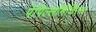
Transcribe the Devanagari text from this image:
पेपिल्लोमैविरस